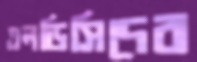
এলডিসিদের